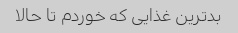
بدترین غذایی که خوردم تا حالا